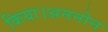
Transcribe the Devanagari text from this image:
किया।अननोन